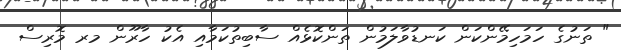
" ތަނުގެ ހަމަހިމޭންކަން ކަނޑުވާލަމުން ތަންކޮޅެއް ސާބިތުކަމާއި އެކު ހާރޫން މރ މޮރިސް